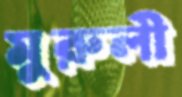
মুরুলী